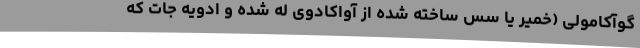
گوآکامولی (خمیر یا سس ساخته شده از آواکادوی له شده و ادویه جات که